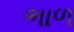
ભાળ